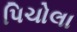
પિચોલા